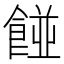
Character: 𮨿